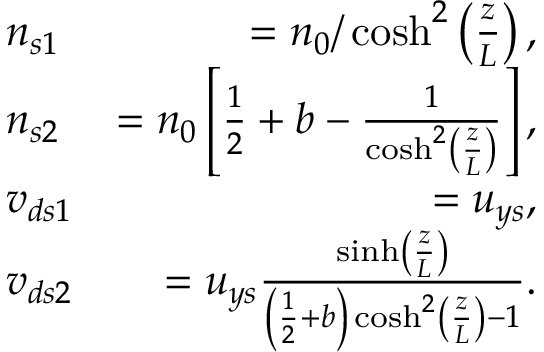
\begin{array} { r l r } & { n _ { s 1 } } & { = n _ { 0 } / \cosh ^ { 2 } \left( \frac { z } { L } \right) , } \\ & { n _ { s 2 } } & { = n _ { 0 } \left[ \frac { 1 } { 2 } + b - \frac { 1 } { \cosh ^ { 2 } \left( \frac { z } { L } \right) } \right] , } \\ & { v _ { d s 1 } } & { = u _ { y s } , } \\ & { v _ { d s 2 } } & { = u _ { y s } \frac { \sinh \left( \frac { z } { L } \right) } { \left( \frac { 1 } { 2 } + b \right) \cosh ^ { 2 } \left( \frac { z } { L } \right) - 1 } . } \end{array}